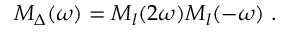
M _ { \Delta } ( \omega ) = M _ { l } ( 2 \omega ) M _ { l } ( - \omega ) \ .